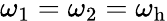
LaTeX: \omega_{1}=\omega_{2}=\omega_{\mathrm{h}}